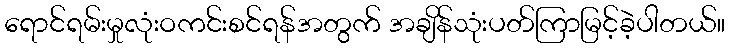
ရောင်ရမ်းမှုလုံးဝကင်းစင်ရန်အတွက် အချိန်သုံးပတ်ကြာမြင့်ခဲ့ပါတယ်။